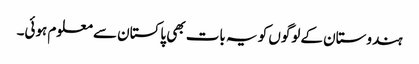
ہندوستان کے لوگوں کو یہ بات بھی پاکستان سے معلوم ہوئی۔